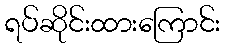
ရပ်ဆိုင်းထားကြောင်း